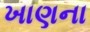
ખાણના